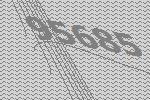
95685